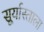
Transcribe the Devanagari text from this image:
सूर्यास्ताला